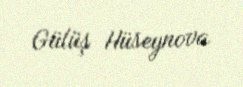
Gülüş Hüseynova